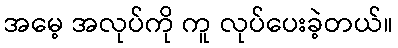
အမေ့ အလုပ်ကို ကူ လုပ်ပေးခဲ့တယ်။